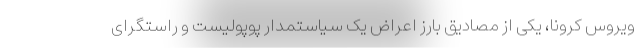
ویروس کرونا، یکی از مصادیق بارز اعراض یک سیاستمدار پوپولیست و راستگرای